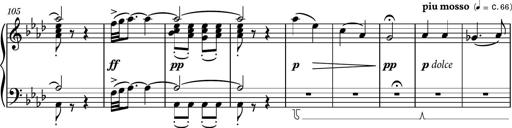
Title: Piano Sonatina No.6
Composer: Dimitri Sykias
Key: A major